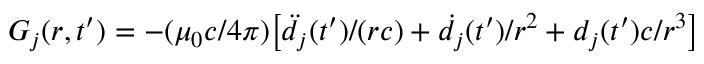
G _ { j } ( r , t ^ { \prime } ) = - ( \mu _ { 0 } c / 4 \pi ) \big [ \ddot { d } _ { j } ( t ^ { \prime } ) / ( r c ) + \dot { d } _ { j } ( t ^ { \prime } ) / { r ^ { 2 } } + d _ { j } ( t ^ { \prime } ) c / { r ^ { 3 } } \big ]